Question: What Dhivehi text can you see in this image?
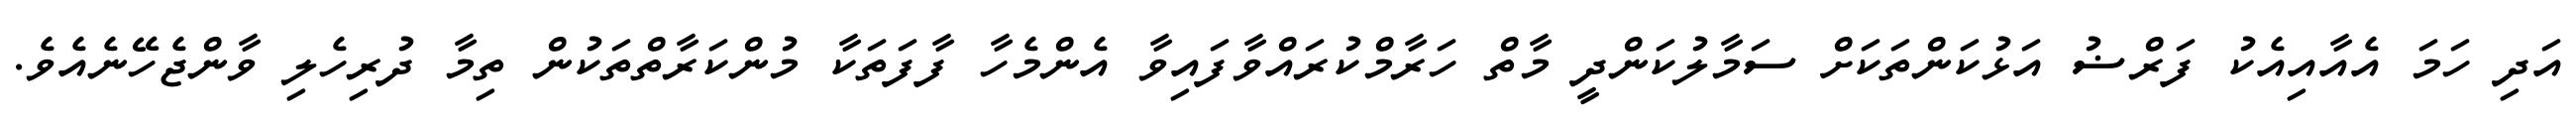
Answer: އަދި ހަމަ އެއާއިއެކު ފަރްޟު އަޅުކަންތަކަށް ސަމާލުކަންދީ މާތް ހަރާމްކުރައްވާފައިވާ އެންމެހާ ފާފަތަކާ މުންކަރާތްތަކުން ތިމާ ދުރިހެލި ވާންޖެހޭނެއެވެ.